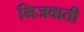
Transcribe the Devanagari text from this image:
भिजवाती